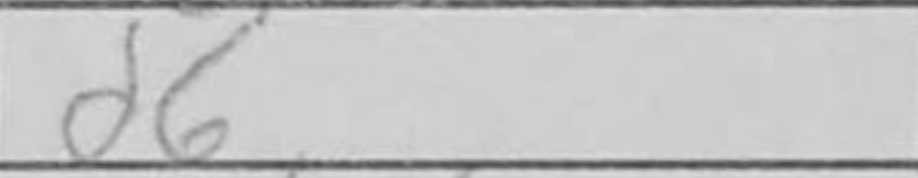
Transcription: d6